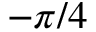
- \pi / 4